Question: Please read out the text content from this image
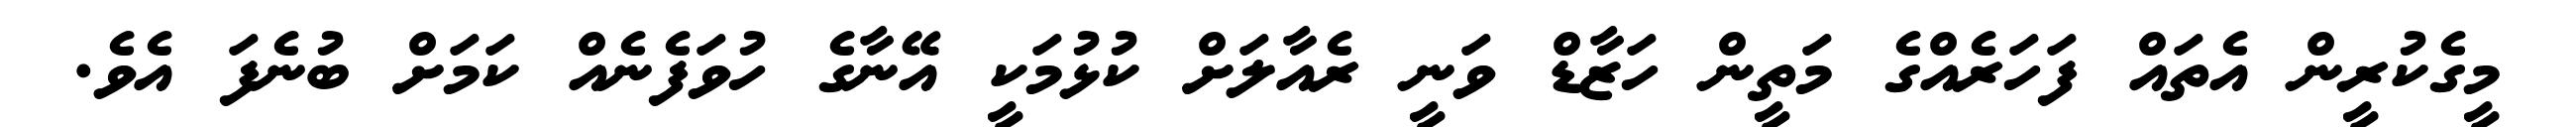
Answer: މީގެކުރީން އެތައް ފަހަރެއްގެ މަތީން ހަޒާޑް ވަނީ ރެއާލަށް ކުޅުމަކީ އޭނާގެ ހުވަފެނެއް ކަމަށް ބުނެފަ އެވެ.